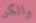
والكر